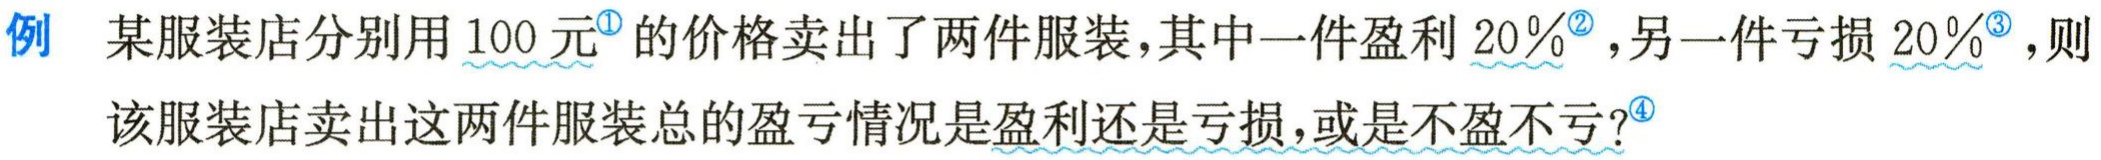
例 某服装店分别用\(100\)元的价格卖出了两件服装，其中一件盈利\(20\%\)，另一件亏损\(20\%\)，则该服装店卖出这两件服装总的盈亏情况是盈利还是亏损，或是不盈不亏？